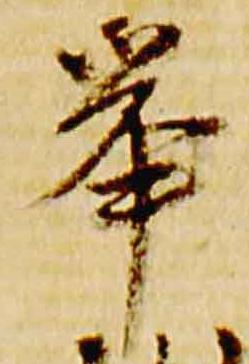
挙